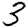
Digit: 3